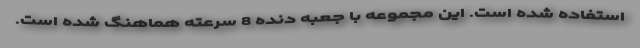
استفاده شده است. این مجموعه با جعبه دنده 8 سرعته هماهنگ شده است.